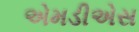
એમડીએસ